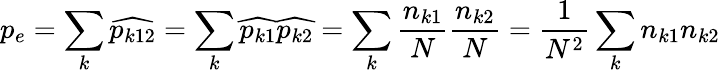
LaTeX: p_{e}=\sum_{k}{\widehat{p_{k12}}}=\sum_{k}{\widehat{p_{k1}}}{\widehat{p_{k2}}}=\sum_{k}{\frac{n_{k1}}{N}}{\frac{n_{k2}}{N}}={\frac{1}{N^{2}}}\sum_{k}n_{k1}n_{k2}